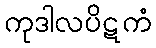
ကုဒါလပိဋကံ